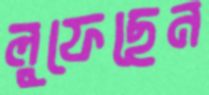
লুফেছেন